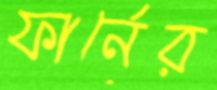
ফার্নের